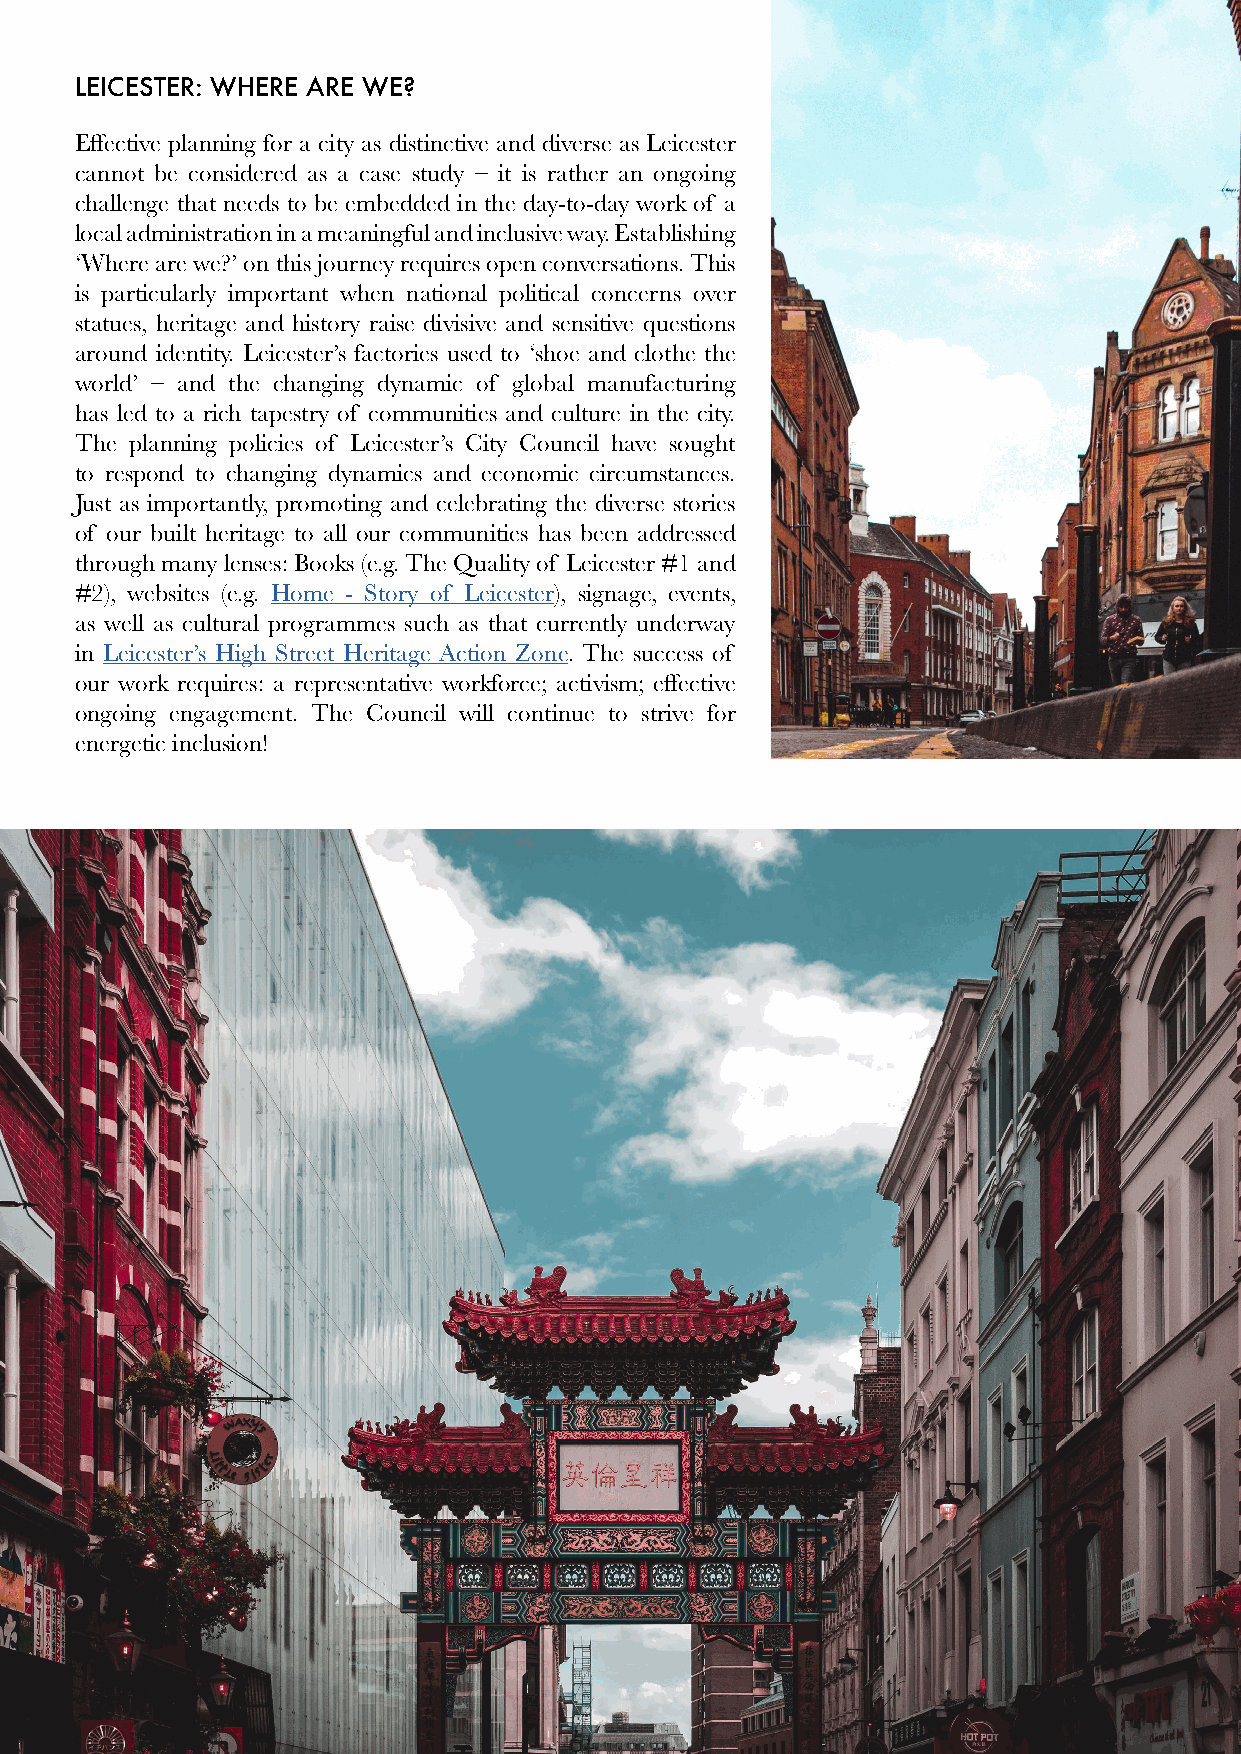
LEICESTER: WHERE ARE WE?
 Effective planning for a city as distinctive and diverse as Leicester
 cannot be considered as a case study – it is rather an ongoing
 challenge that needs to be embedded in the day-to-day work of a
 local administration in a meaningful and inclusive way. Establishing
 ‘Where are we?’ on this journey requires open conversations. This
 is particularly important when national political concerns over
 statues, heritage and history raise divisive and sensitive questions
 around identity. Leicester’s factories used to ‘shoe and clothe the
 world’ – and the changing dynamic of global manufacturing
 has led to a rich tapestry of communities and culture in the city.
 The planning policies of Leicester’s City Council have sought
 to respond to changing dynamics and economic circumstances.
 Just as importantly, promoting and celebrating the diverse stories
 of our built heritage to all our communities has been addressed
 through many lenses: Books (e.g. The Quality of Leicester #1 and
 #2), websites (e.g. Home - Story of Leicester), signage, events,
 as well as cultural programmes such as that currently underway
 in Leicester’s High Street Heritage Action Zone. The success of
 our work requires: a representative workforce; activism; effective
 ongoing engagement. The Council will continue to strive for
 energetic inclusion!